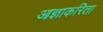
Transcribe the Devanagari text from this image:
आज्ञाकरिता